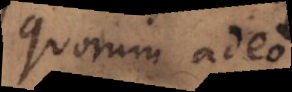
quorum adeo